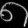
Digit: ၈